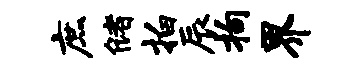
庶储拍辰拘界